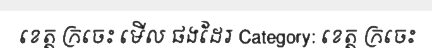
ខេត្ត ក្រចេះ មើល ផងដែរ Category: ខេត្ត ក្រចេះ